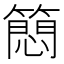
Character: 䉍